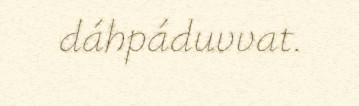
dáhpáduvvat.